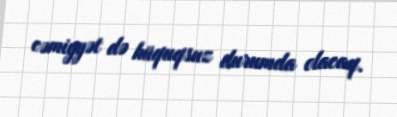
cəmiyyət də hüquqsuz durumda olacaq.